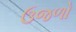
ઉજળો